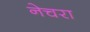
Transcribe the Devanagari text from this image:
नेचरा